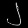
Digit: ၂